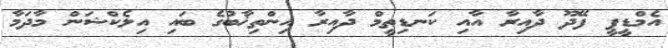
އެމްޑީޕީ ފޭދޫ ދާއިރާ އާއި ކަނޑިތީމް ދާއިރާ އިންތިޚާބުގެ ބައި އިލެކްޝަން މާދަމާ